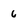
Character: 6